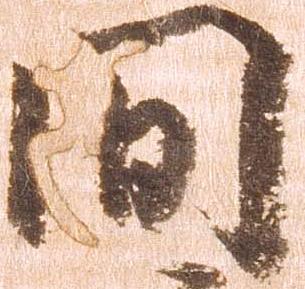
間